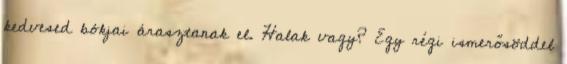
kedvesed bókjai árasztanak el. Halak vagy? Egy régi ismerősöddel